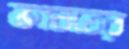
ভগবতের